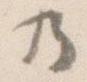
の